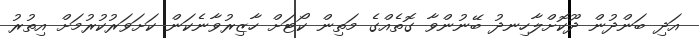
އަދި ބަންދުން ދޫކޮށްލާހިނދު ބޭނުންވާ ގޮތެއްގެ މަތިން ކޯޓަށް ހާޒިރުވާނެކަން ކަށަވަރުކުރުމަށް އިތުރު